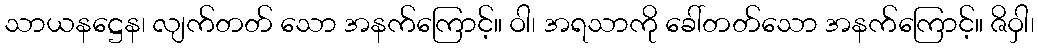
သာယနဋ္ဌေန၊ လျက်တတ် သော အနက်ကြောင့်။ ဝါ၊ အရသာကို ခေါ်တတ်သော အနက်ကြောင့်။ ဇိဝှါ၊